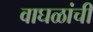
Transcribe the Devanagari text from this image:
वाघळांची